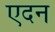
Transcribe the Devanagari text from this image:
एदन